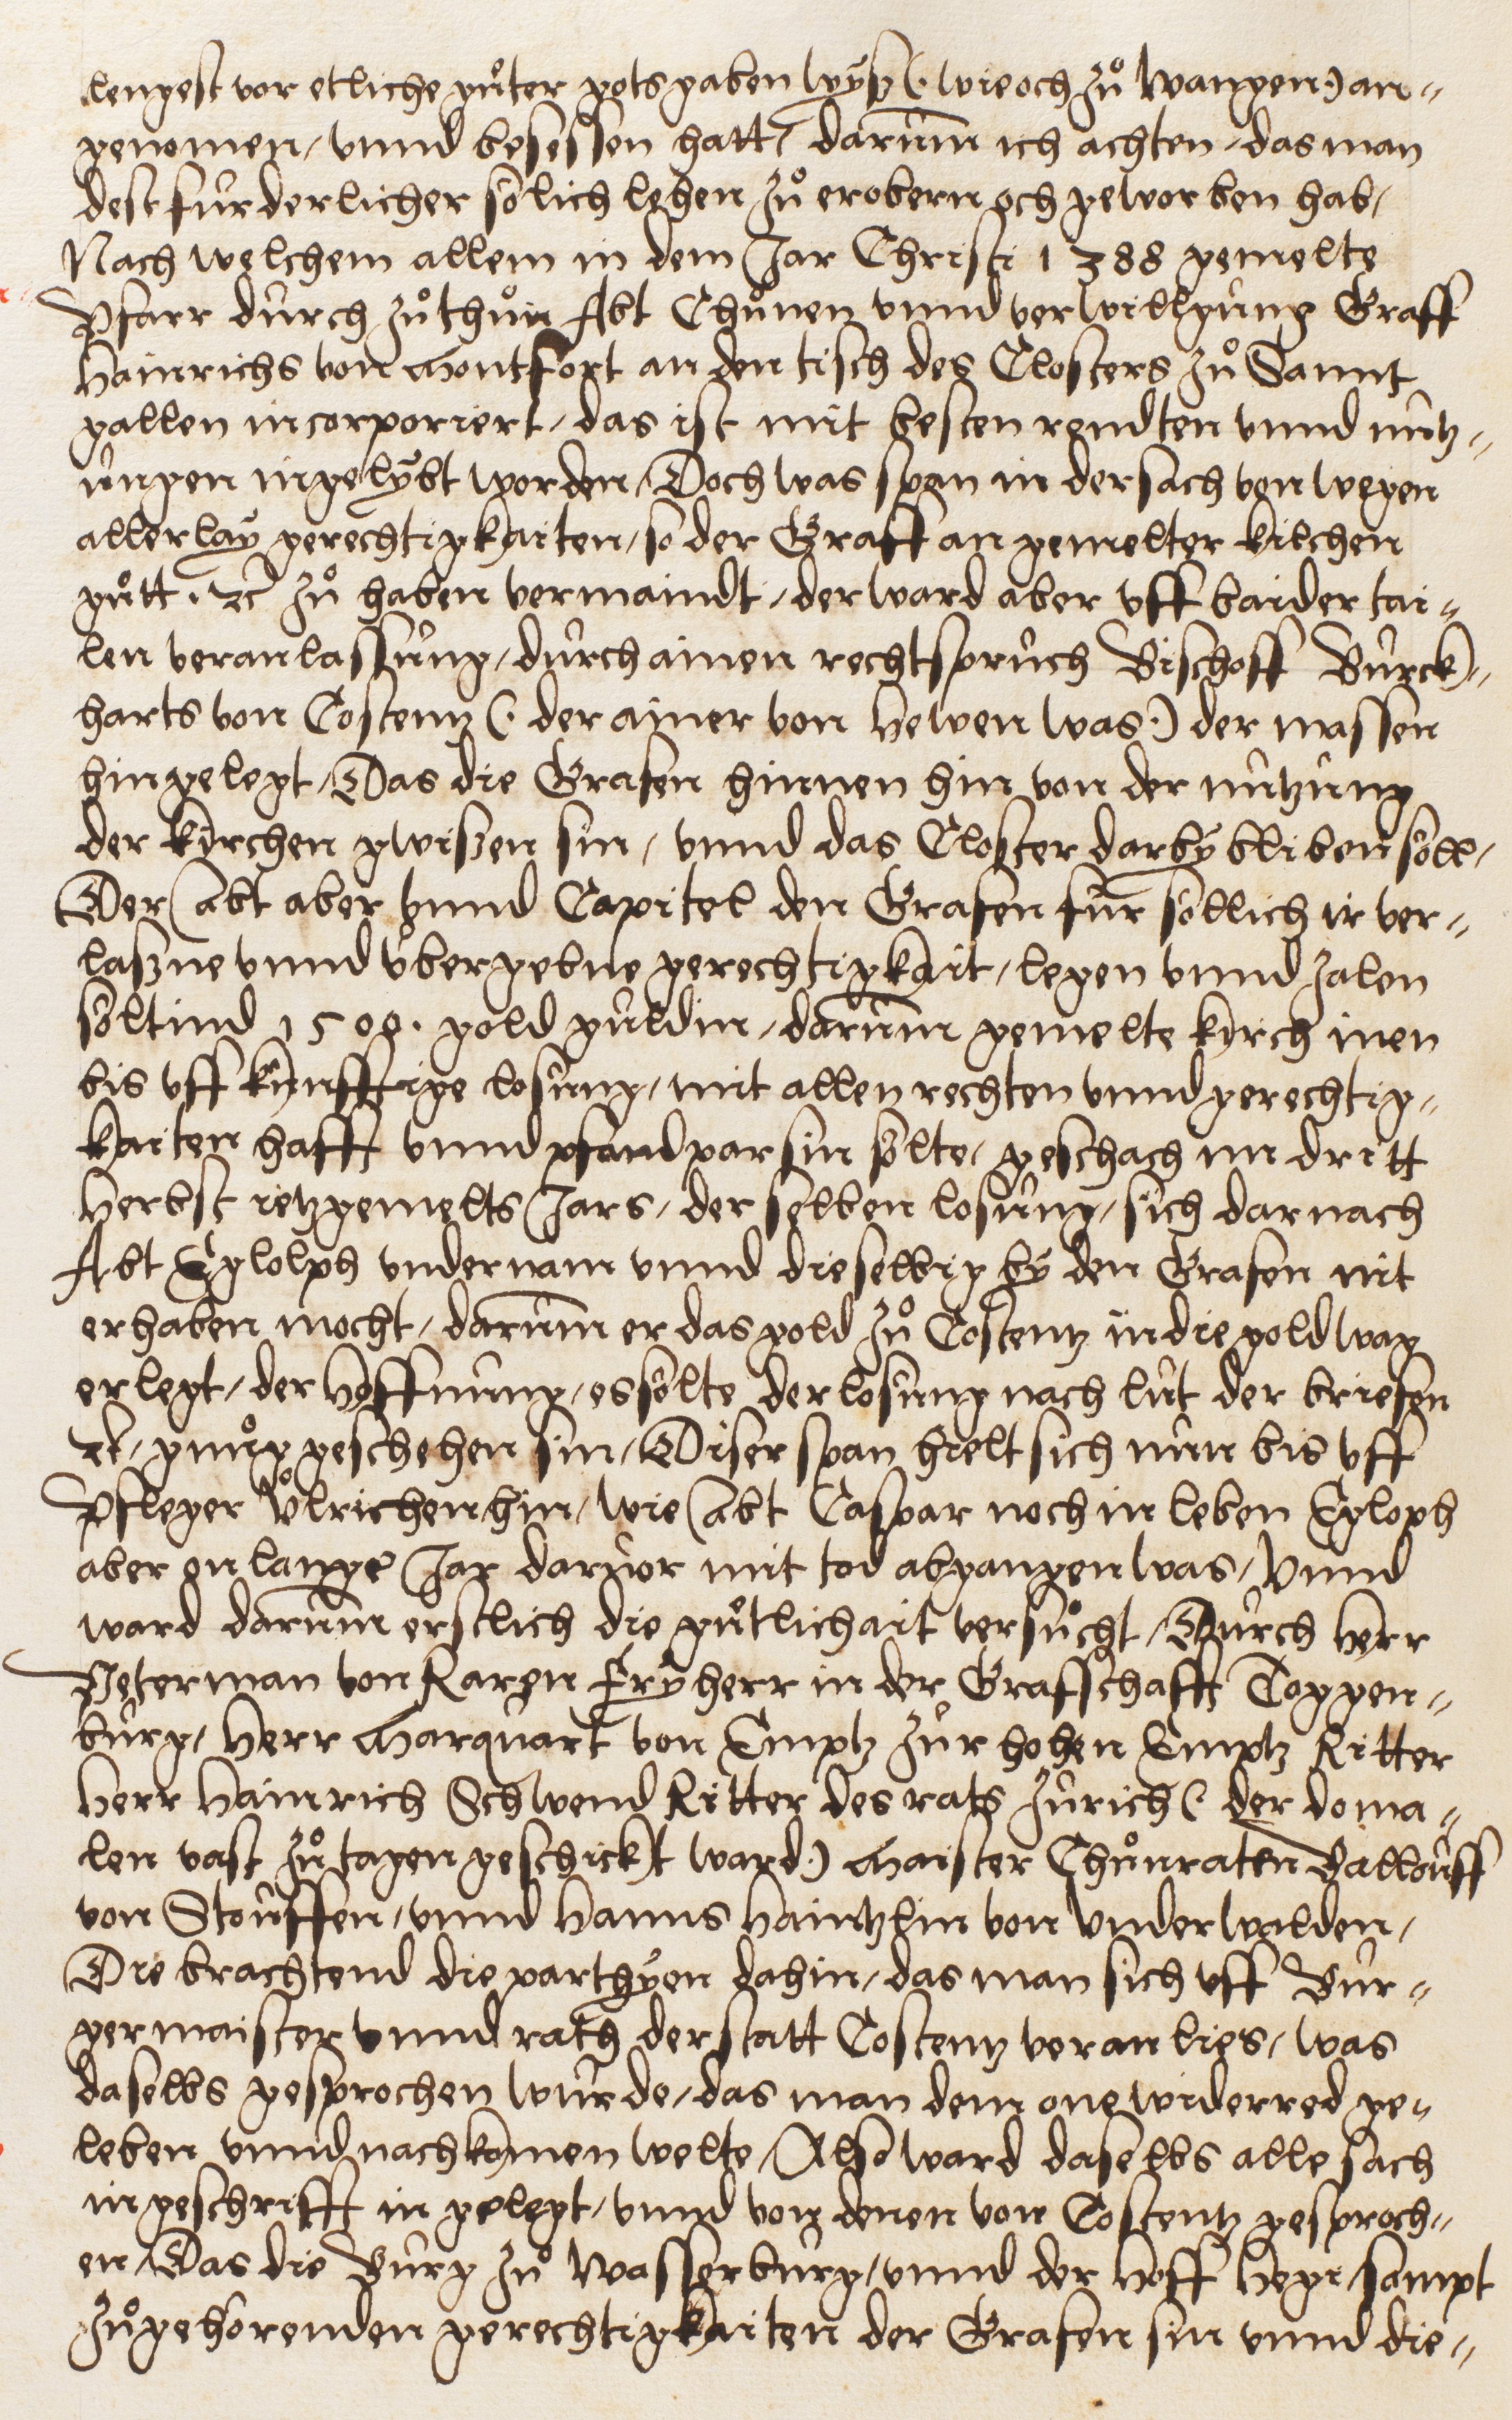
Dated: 1549–1549